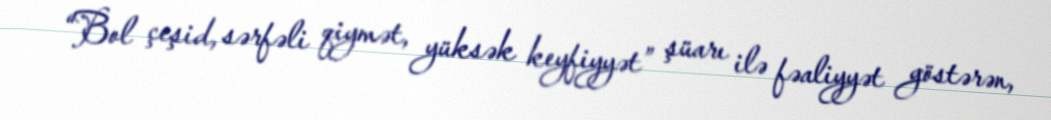
“Bol çeşid, sərfəli qiymət, yüksək keyfiyyət” şüarı ilə fəaliyyət göstərən,